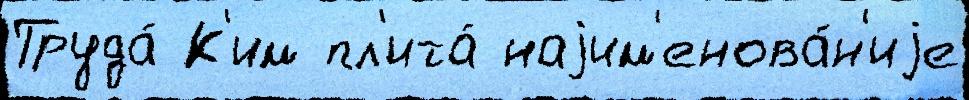
Труда́ К'им пл'ита́ наjим'енова́н'иjе